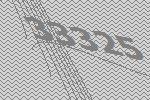
33325